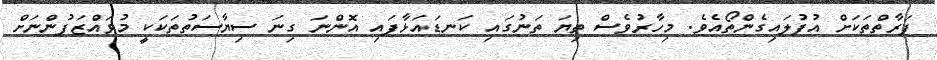
ފަރާތްތަކަށް އުފުލައިގެންތޯއެވެ. މިހާރުވެސް ތިޔަ ތަނުގައި ކަނޑައަޅާފައި އޮންނަ ގިނަ ސިޔާސަތުތަކަކީ މުވައްޒަފުންނަށް